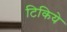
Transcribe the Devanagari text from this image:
टिकिये